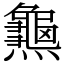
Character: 𪚰